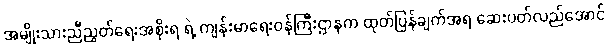
အမျိုးသားညီညွတ်ရေးအစိုးရ ရဲ့ ကျန်းမာရေးဝန်ကြီးဌာနက ထုတ်ပြန်ချက်အရ ဆေးပတ်လည်အောင်